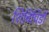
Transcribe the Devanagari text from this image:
शिविपिंडी